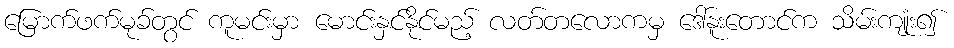
မြောက်ဖက်မုခ်တွင် ကူမင်းမှာ မောင်းနှင်နိုင်မည့် လတ်တလောကမှ ဒေါ်နူးတောင်က သိမ်းကျုံး၍